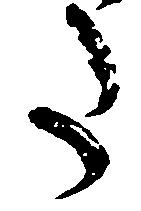
た